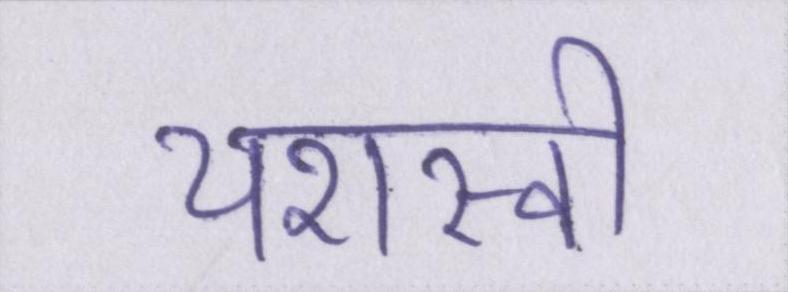
यशस्वी